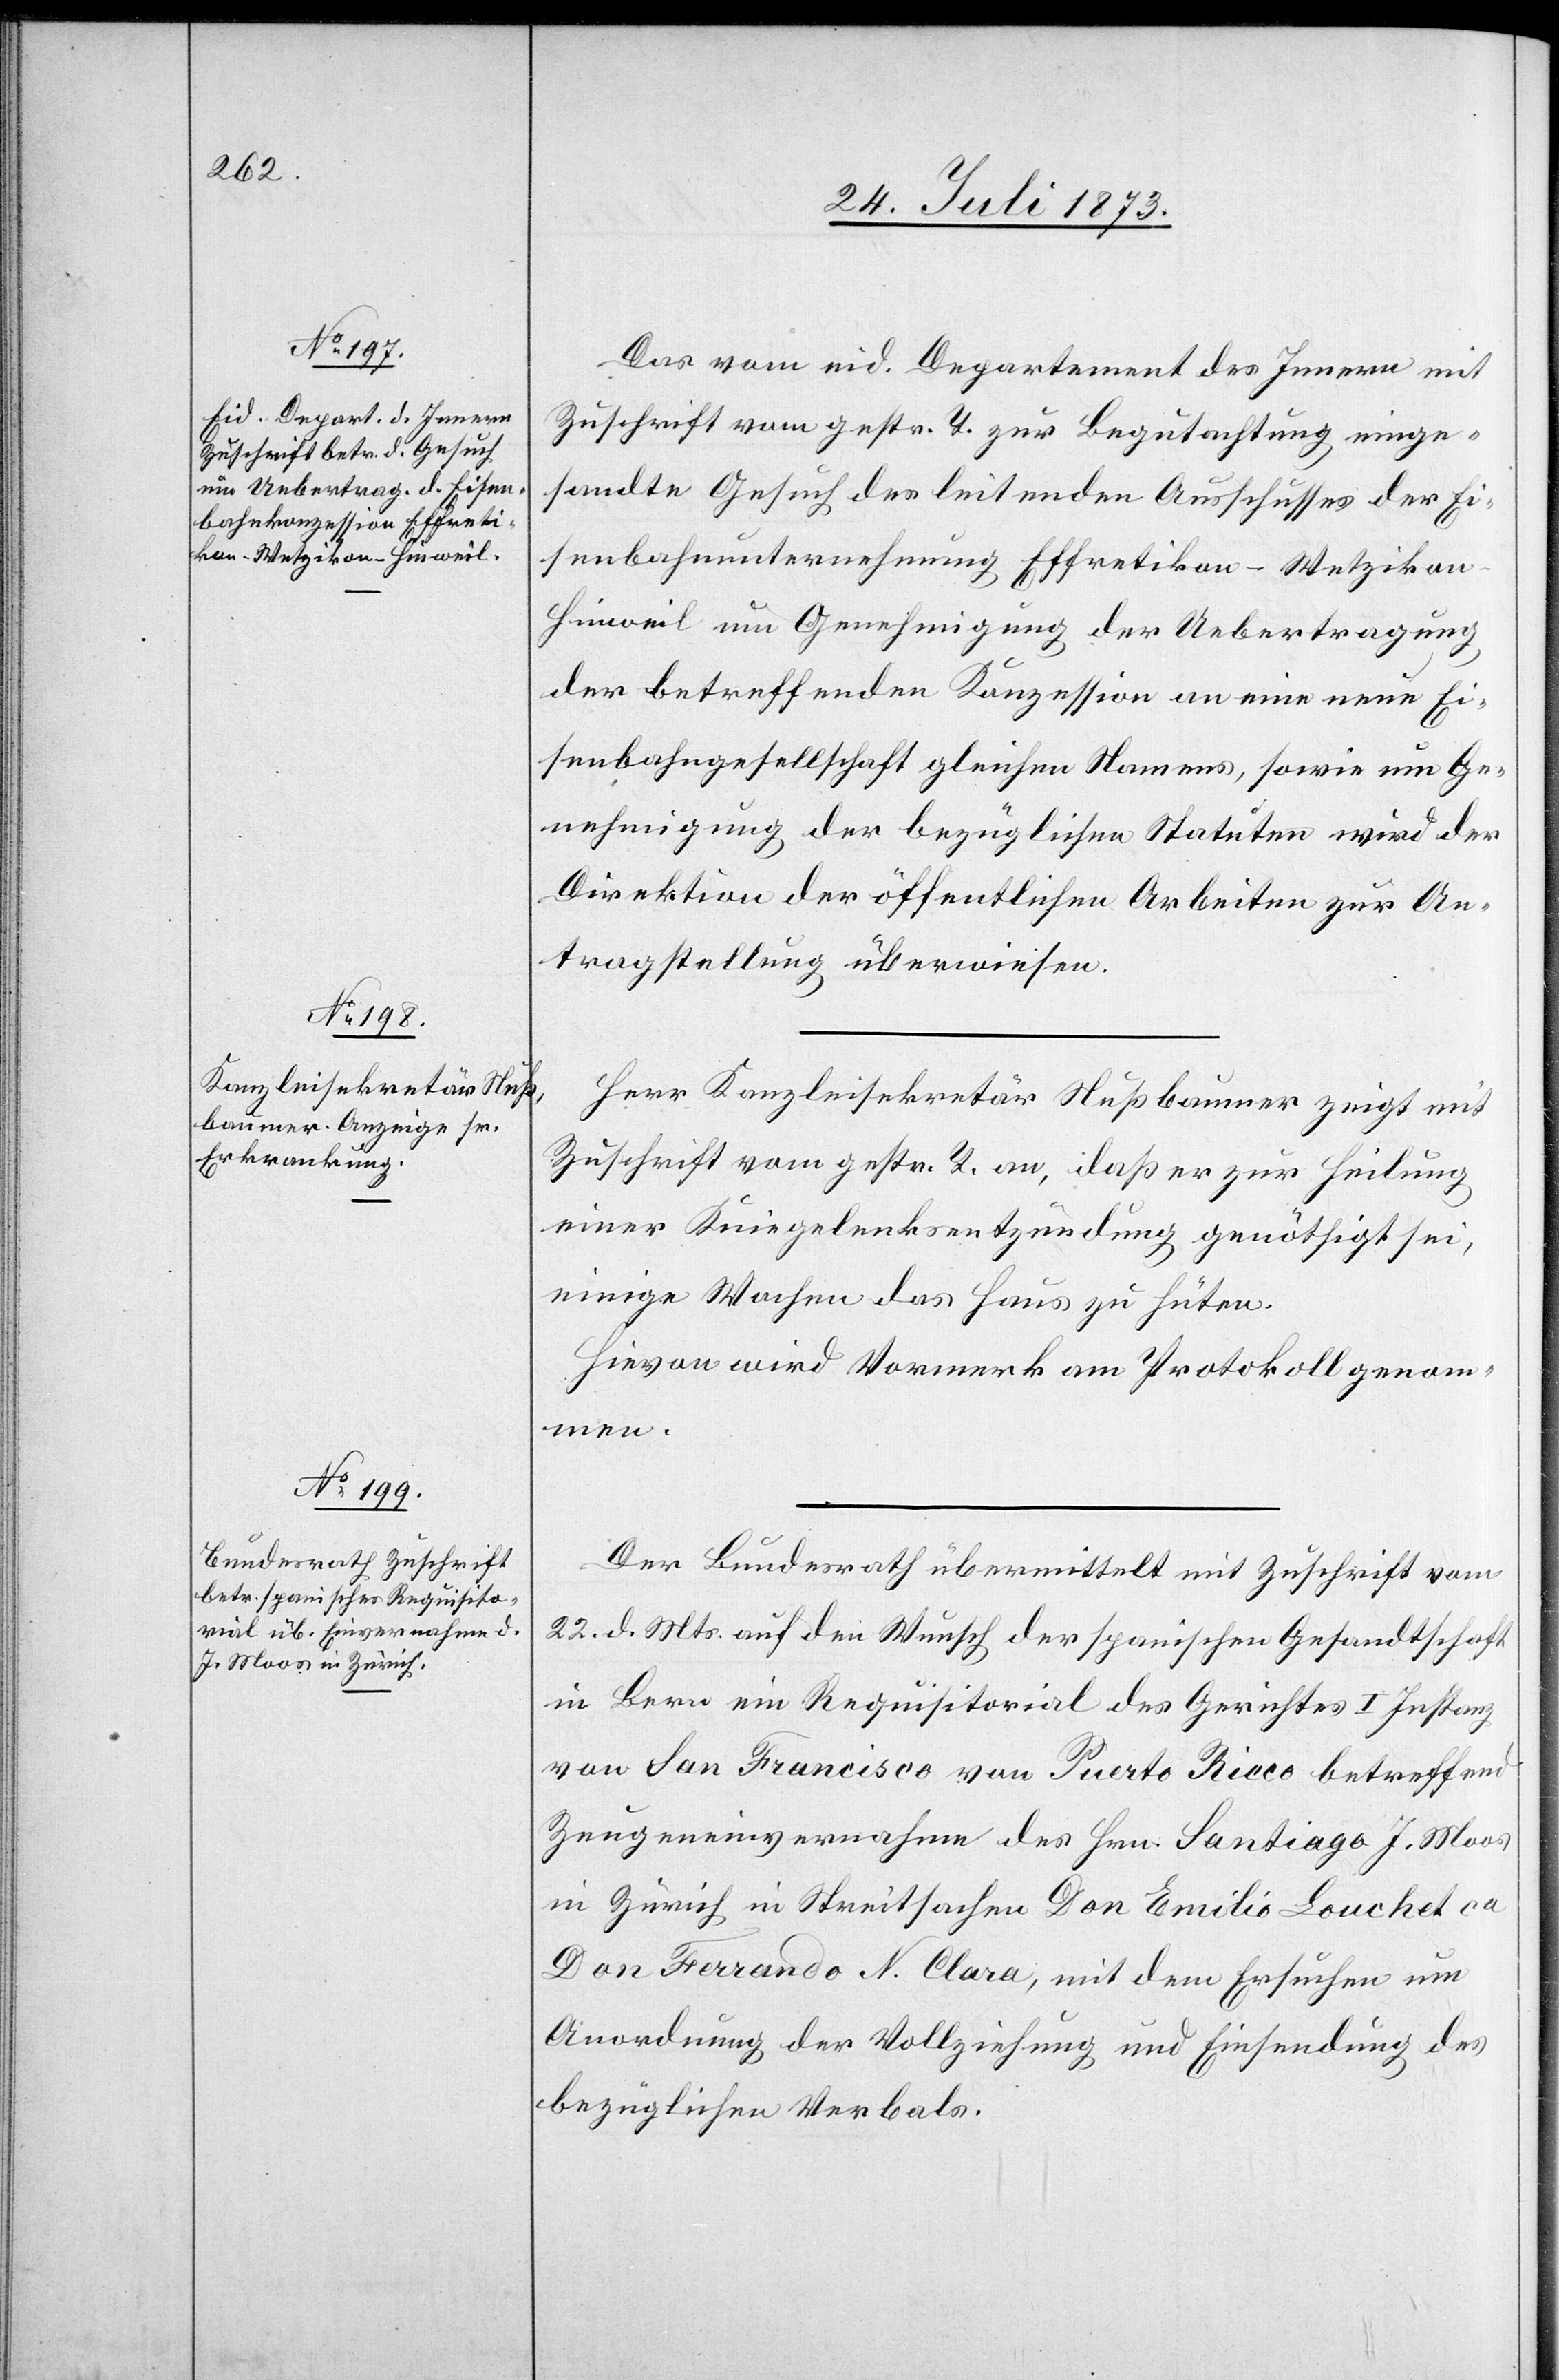
29. Juli 1873.]
Das vom eid. Departement des Innern mit
Zuschrift vom gestr. T. zur Begutachtung einge¬
sandte Gesuch des leitenden Ausschusses der Ei¬
senbahnunternehmung Effretikon–Wetziko¬
n–Hinweil um Genehmigung der Uebertragung
der betreffenden Konzession an eine neue Ei¬
senbahngesellschaft gleichen Namens, sowie um Ge¬
nehmigung der bezüglichen Statuten wird der
Direktion der öffentlichen Arbeiten zur An¬
tragstellung überwiesen.
Herr Kanzleisekretär Nußbaumer zeigt mit
Zuschrift vom gestr. T. an, daß er zur Heilung
einer Kniegelenksentzündung genöthigt sei,
einige Wochen das Haus zu hüten.
Hievon wird Vormerk am Protokoll genom¬
men.
Der Bundesrath übermittelt mit Zuschrift vom
22. d. Mts. auf den Wunsch der spanischen Gesandtschaft
in Bern ein Requisitorial des Gerichtes I Instanz
von San Francisco von Puerto Ricco betreffend
Zeugeneinvernahme des Hrn. Santiago J. Moos
in Zürich in Streitsachen Don Emilio Louchet ca
Don Ferrando N. Clara, mit dem Ersuchen um
Anordnung der Vollziehung und Einsendung des
bezüglichen Verbals.